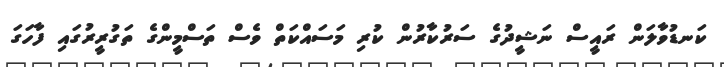
ކަނޑުވާލަން ރައީސް ނަޝީދުގެ ސަރުކާރުން ކުރި މަސައްކަތް ވެސް ތަސްމީންގެ ތަގުރީރުގައި ފާހަގަ